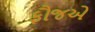
ફૌજએ